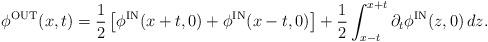
LaTeX: \begin{align*}\phi^{\rm OUT}(x,t)= \frac{1}{2}\left[\phi^{\rm IN}(x+t,0)+\phi^{\rm IN}(x-t,0)\right]+\frac{1}{2}\int_{x-t}^{x+t} \partial_t \phi^{\rm IN}(z,0) \,dz.\end{align*}